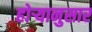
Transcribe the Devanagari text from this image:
होर्‍यानुसार